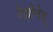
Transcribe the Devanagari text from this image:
रेज़ोनेद्